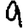
Digit: 9